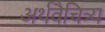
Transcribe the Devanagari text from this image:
अर्थवैचित्र्य